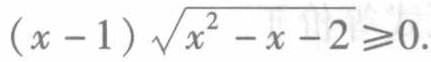
\((x - 1)\sqrt{x^{2} - x - 2}\geqslant0\)